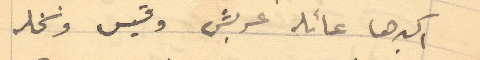
اكبرها عائله عربش وقسيس ونخله